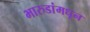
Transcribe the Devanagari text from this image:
भारुडांमधून